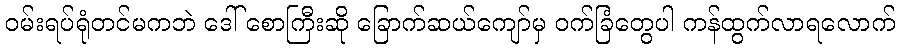
ဝမ်းရပ်ရုံတင်မကဘဲ ဒေါ် စောကြီးဆို ခြောက်ဆယ်ကျော်မှ ဝက်ခြံတွေပါ ကန်ထွက်လာရလောက်